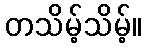
တသိမ့်သိမ့်။